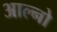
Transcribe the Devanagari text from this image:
आल्नो